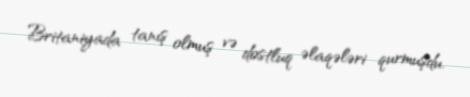
Britaniyada tanış olmuş və dostluq əlaqələri qurmuşdu.